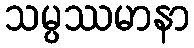
သမ္ပဿမာနာ